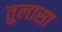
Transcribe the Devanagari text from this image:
तुलासा